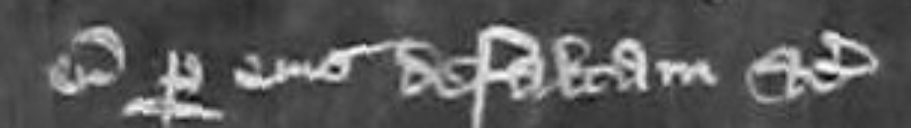
eum per eius defaltum etc